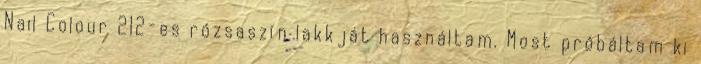
Nail Colour 212-es rózsaszín lakkját használtam. Most próbáltam ki